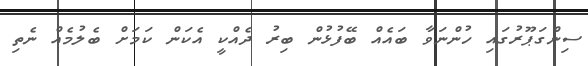
ސިންގަޕޫރުގައި ހުންނަވާ ބައެއް ބޭފުޅުން ބިރު ދެއްކީ އެކަން ކަމަށް ބެލުމެއް ނެތި